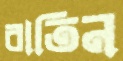
বাতিন